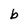
Character: b